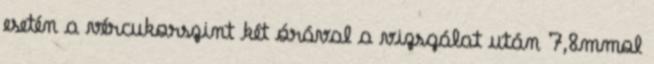
esetén a vércukorszint két órával a vizsgálat után 7,8mmol